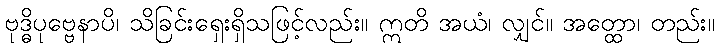
ဗုဒ္ဓိပုဗ္ဗေနာပိ၊ သိခြင်းရှေးရှိသဖြင့်လည်း။ ဣတိ အယံ၊ လျှင်။ အတ္ထော၊ တည်း။